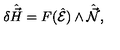
\delta \hat { \vec { H } } = F ( \hat { \cal E } ) \wedge \hat { \vec { \cal N } } ,